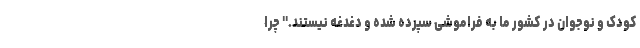
کودک و نوجوان در کشور ما به فراموشی سپرده شده و دغدغه نیستند." چرا